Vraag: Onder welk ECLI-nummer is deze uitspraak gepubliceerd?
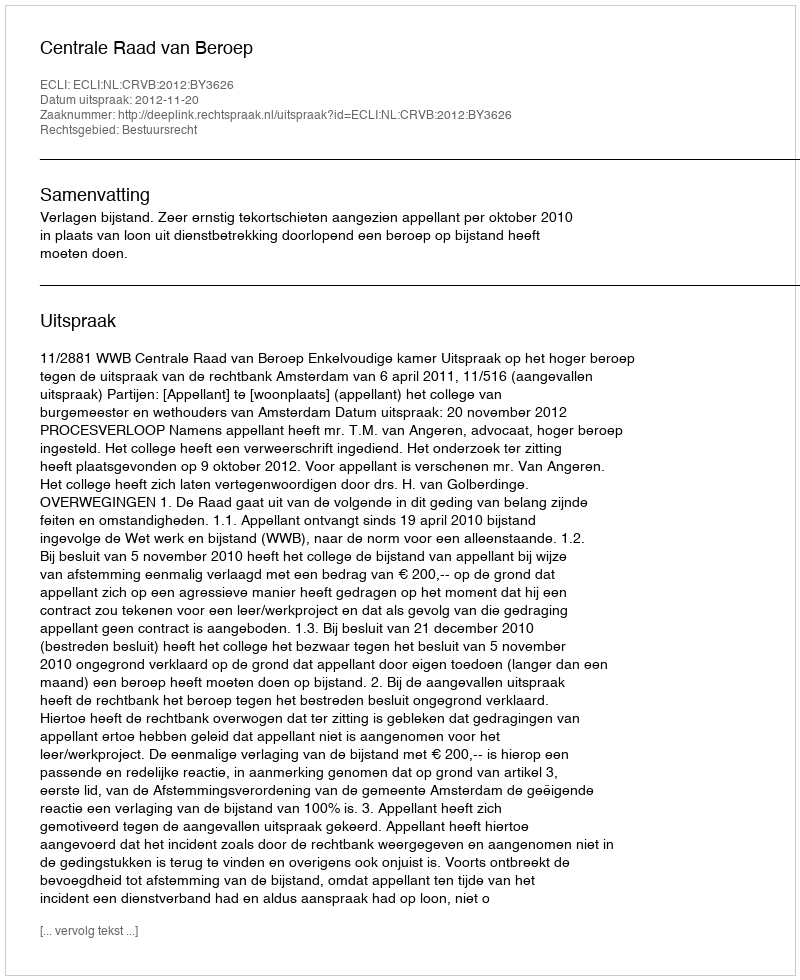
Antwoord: ECLI:NL:CRVB:2012:BY3626